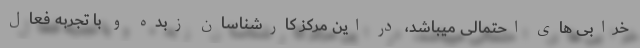
خرابی های احتمالی میباشد، در این مرکز کارشناسان زبده و با تجربه فعال